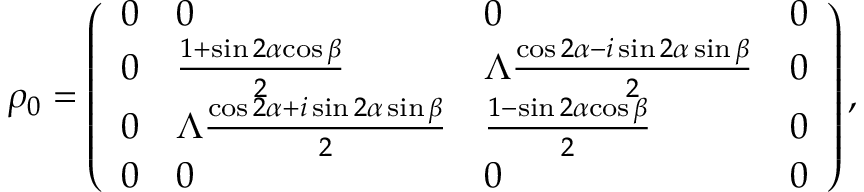
\rho _ { 0 } = \left( \begin{array} { l l l l } { 0 } & { 0 } & { 0 } & { 0 } \\ { 0 } & { \frac { 1 + \sin { 2 \alpha } { \cos { \beta } } } { 2 } } & { \Lambda \frac { \cos { 2 \alpha } - i \sin { 2 \alpha } \sin { \beta } } { 2 } } & { 0 } \\ { 0 } & { \Lambda \frac { \cos { 2 \alpha } + i \sin { 2 \alpha } \sin { \beta } } { 2 } } & { \frac { 1 - \sin { 2 \alpha } { \cos { \beta } } } { 2 } } & { 0 } \\ { 0 } & { 0 } & { 0 } & { 0 } \end{array} \right) ,